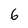
Character: 6